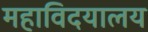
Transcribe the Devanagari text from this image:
महाविदयालय